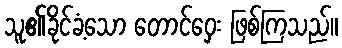
သူ၏ခိုင်ခံ့သော တောင်ဝှေး ဖြစ်ကြသည်။